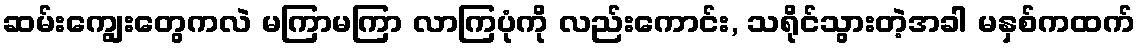
ဆမ်းကျွေးတွေကလဲ မကြာမကြာ လာကြပုံကို လည်းကောင်း, သရိုင်သွားတဲ့အခါ မနှစ်ကထက်